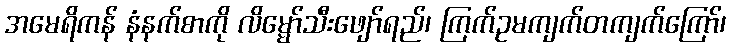
အမေရိကန် နံနက်စာကို လိမ္မော်သီးဖျော်ရည်၊ ကြက်ဥမကျက်တကျက်ကြော်၊